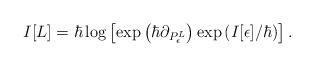
LaTeX: \begin{align*} I[L] = \hbar \log \left[\exp\left(\hbar \partial_{P_\epsilon^L}\right)\exp\left(I[\epsilon] /\hbar\right)\right].\end{align*}